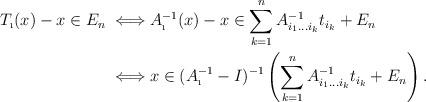
LaTeX: \begin{align*}T_{\i}(x)-x\in E_n\iff &A_{\i}^{-1}(x)-x\in \sum_{k=1}^{n}A_{i_1\ldots i_{k}}^{-1}t_{i_{k}}+E_n \\\iff &x\in (A_{\i}^{-1}-I)^{-1}\left(\sum_{k=1}^{n}A_{i_1\ldots i_{k}}^{-1}t_{i_{k}}+E_n\right).\end{align*}